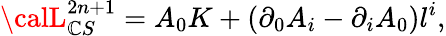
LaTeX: {\calL}_{\mathbb{C}S}^{2n+1}=A_{0}K+(\partial_{0}A_{i}-\partial_{i}A_{0})l^{i},